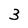
Character: 3